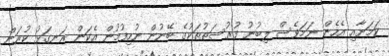
ކަމަށާއި އެހެން ނަމަވެސް ލިބުނު ފުރުސަތުތަކުގެ ބޭނުން ނުހިފުމުން އެކަން ރަނގަޅު ކުރަން